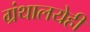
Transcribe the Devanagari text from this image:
ग्रंथालयेही